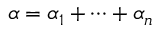
\alpha = \alpha _ { 1 } + \cdots + \alpha _ { n }